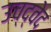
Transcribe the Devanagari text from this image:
उच्द्वेद